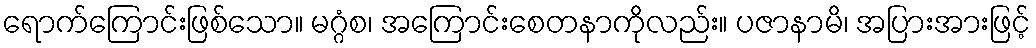
ရောက်ကြောင်းဖြစ်သော။ မဂ္ဂံစ၊ အကြောင်းစေတနာကိုလည်း။ ပဇာနာမိ၊ အပြားအားဖြင့်